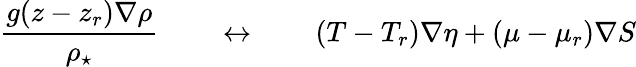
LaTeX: \frac{g(z-z_{r})\nabla\rho}{\rho_{\star}}\qquad\leftrightarrow\qquad(T-T_{r})\nabla\eta+(\mu-\mu_{r})\nabla S